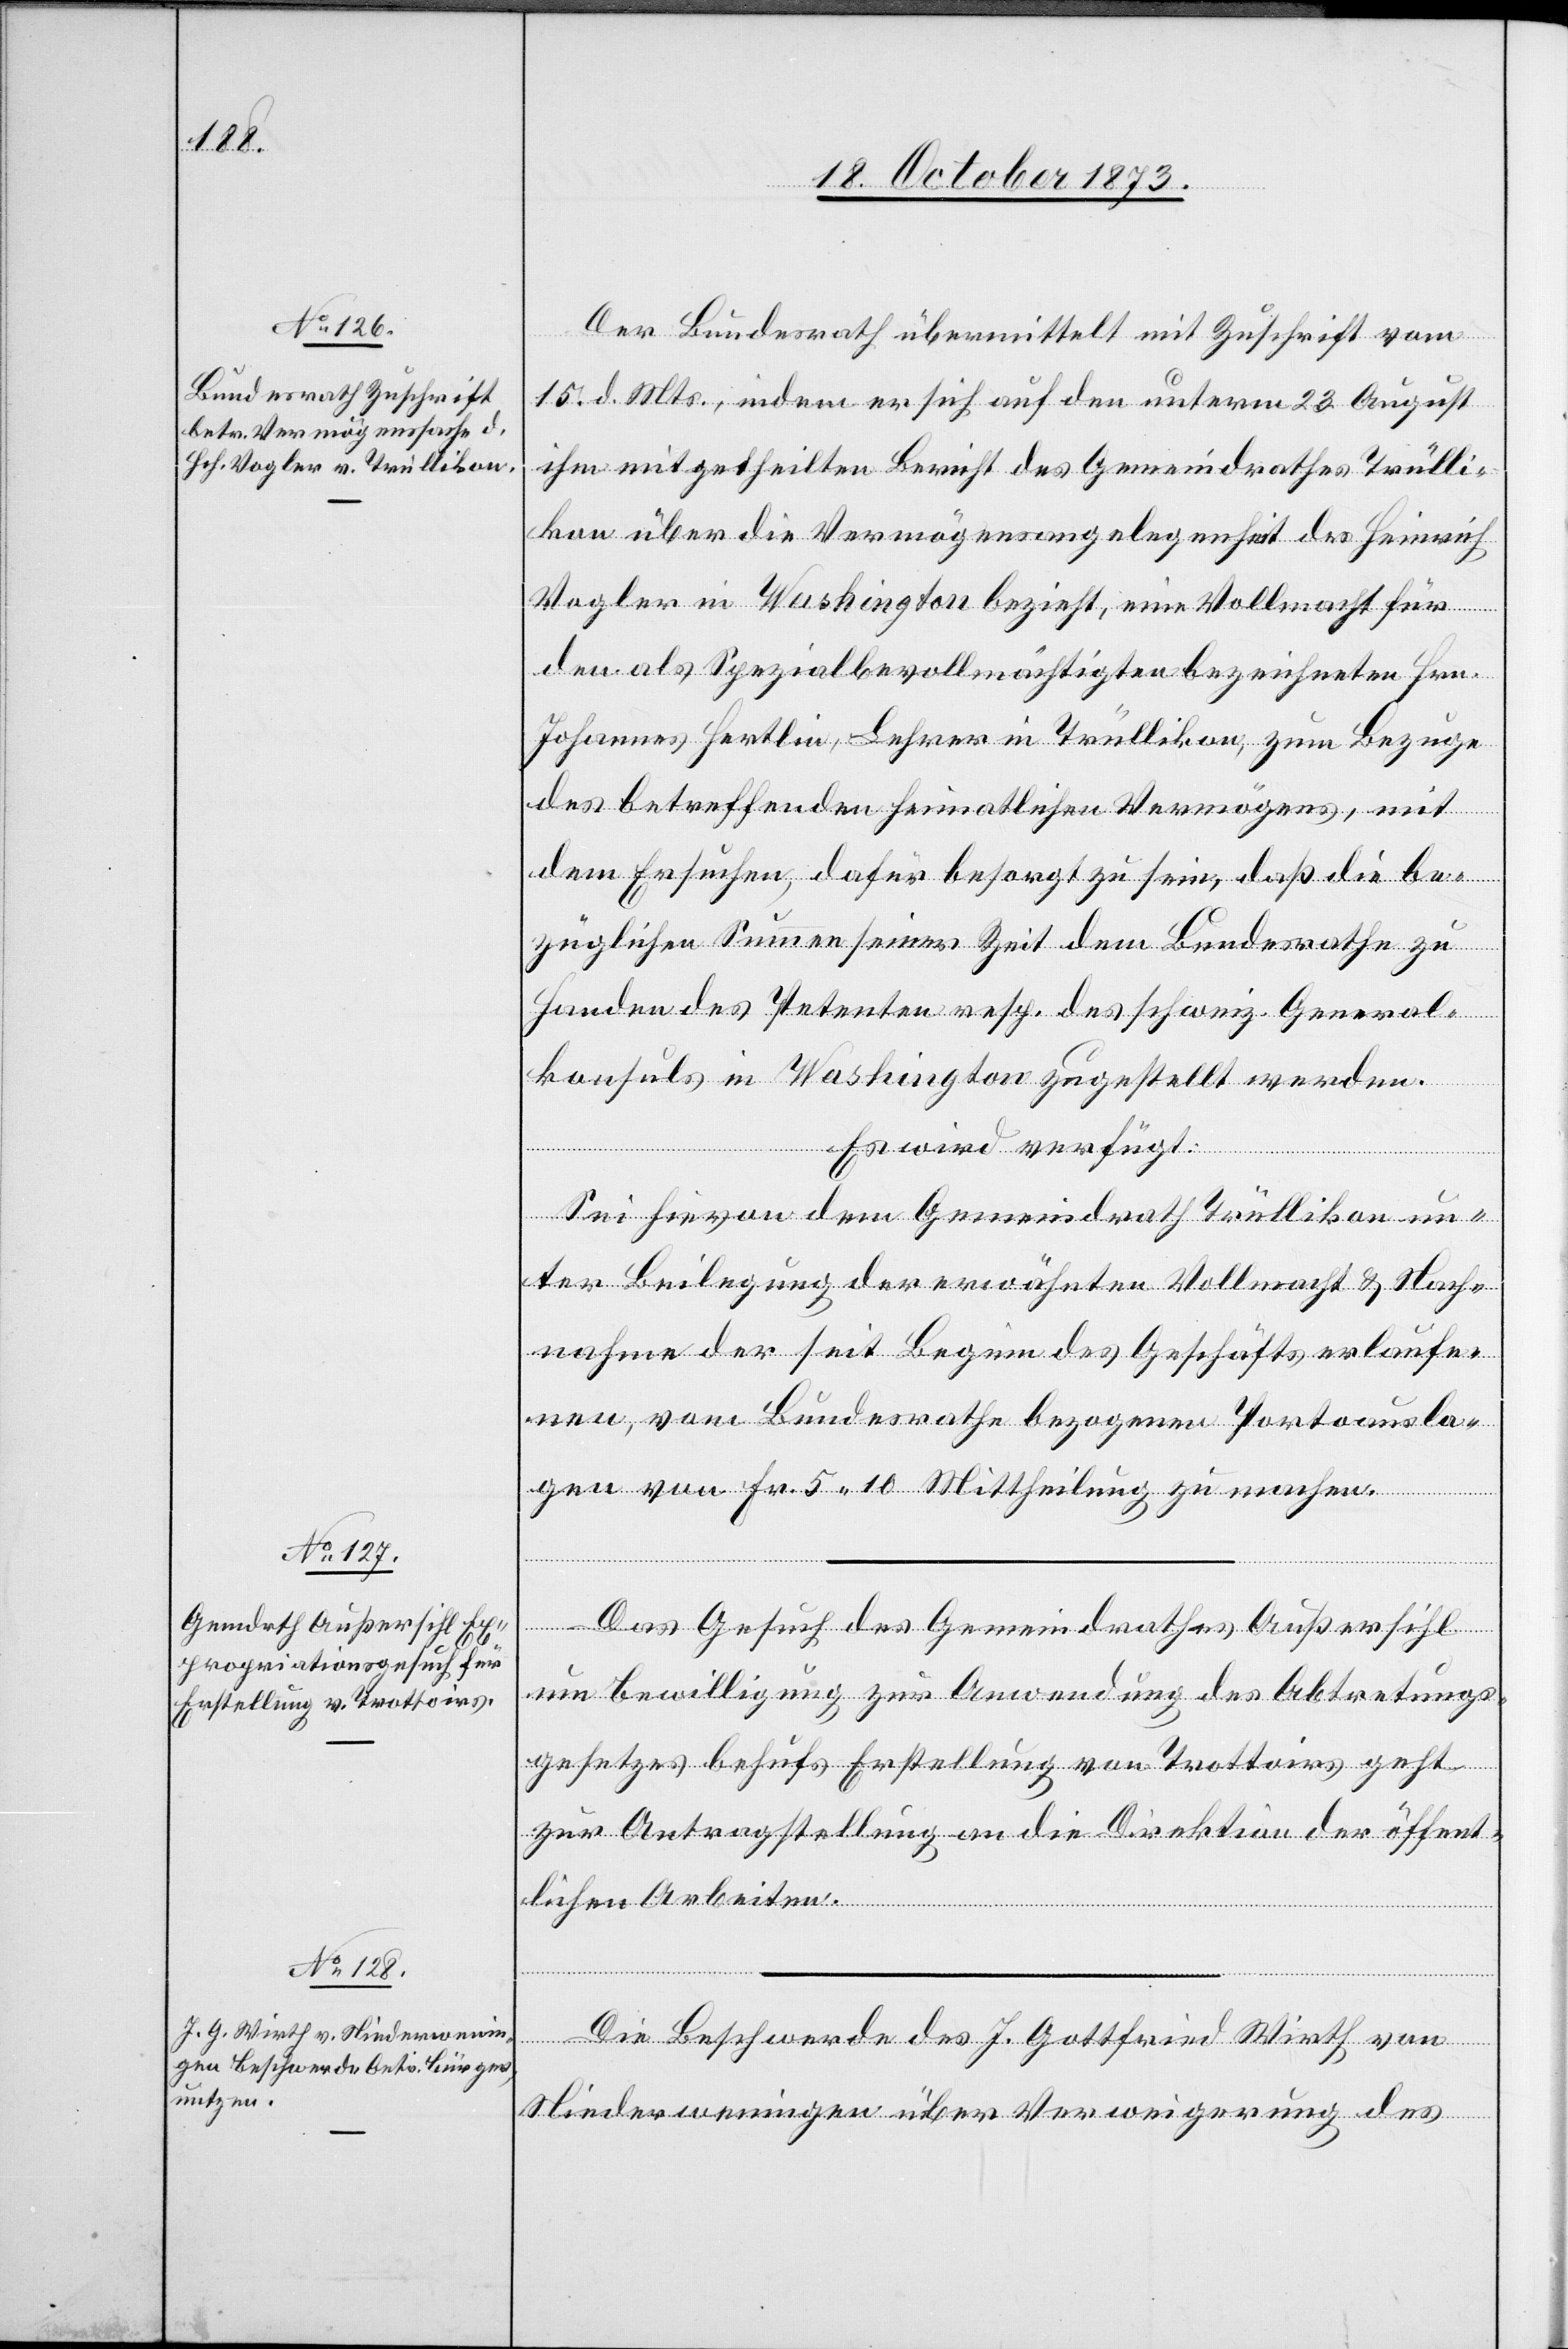
20. October 1873.]
Der Bundesrath übermittelt mit Zuschrift vom
15. d. Mts., indem er sich auf den unterm 23. August
ihm mitgetheilten Bericht des Gemeindrathes Trülli¬
kon über die Vermögensangelegenheit des Heinrich
Vogler in Washington bezieht, eine Vollmacht für
den als Spezialbevollmächtigten bezeichneten Hrn.
Johannes Hertlin, Lehrer in Trüllikon, zum Bezuge
des betreffenden heimatlichen Vermögens, mit
dem Ersuchen, dafür besorgt zu sein, daß die be¬
züglichen Summen seiner Zeit dem Bundesrathe zu
Handen des Petenten resp. des schweiz. General¬
konsuls in Washington zugestellt werden.
Es wird verfügt:
Sei hievon dem Gemeindrath Trüllikon un¬
ter Beilegung der erwähnten Vollmacht & Nach¬
nahme der seit Beginn des Geschäfts erlaufe¬
nen, vom Bundesrathe bezogenen Portoausla¬
gen von Fr. 5 10 Mittheilung zu machen.
Das Gesuch des Gemeindrathes Außersihl
um Bewilligung zur Anwendung des Abtretungs¬
gesetzes behufs Erstellung von Trottoirs geht
zur Antragstellung an die Direktion der öffent¬
lichen Arbeiten.
Die Beschwerde des J. Gottfried Wirth von
Niederweningen über Verweigerung des